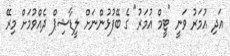
އަދި އުމަރު ވަނީ "ޓީމް އުމަރު" ގެ ބޭފުޅުންނަށް ލީޑާޝިޕް ދެއްވުމަށް މިރޭ